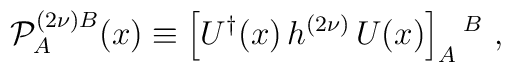
{\cal P}^{(2\nu)B}_A(x) \equiv \left [ U^\dagger (x) \, h^{(2\nu)} \, U(x) \right ]_A  {}^B~,